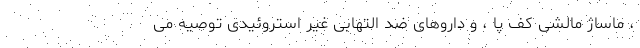
، ماساژ مالشی کف پا ، و داروهای ضد التهابی غیر استروئیدی توصیه می